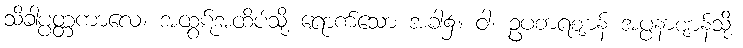
သိခါပ္ပတ္တကာလေ၊ အထွဋ်အထိပ်သို့ ရောက်သော အခါ၌။ ဝါ၊ ဥပစာရဈာန် အပ္ပနာဈာန်သို့